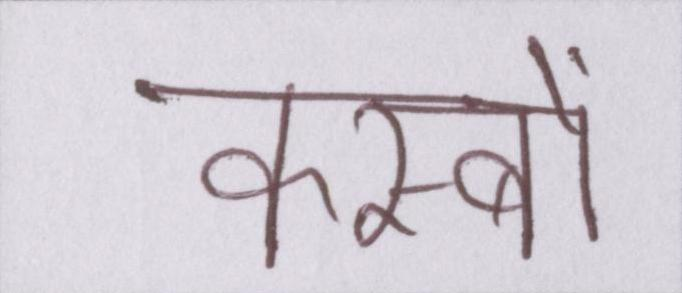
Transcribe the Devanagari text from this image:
कस्बों